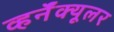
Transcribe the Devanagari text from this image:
व्हर्नॅक्यूलर